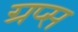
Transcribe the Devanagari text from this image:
ग्रप्स